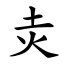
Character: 灻